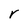
Character: r